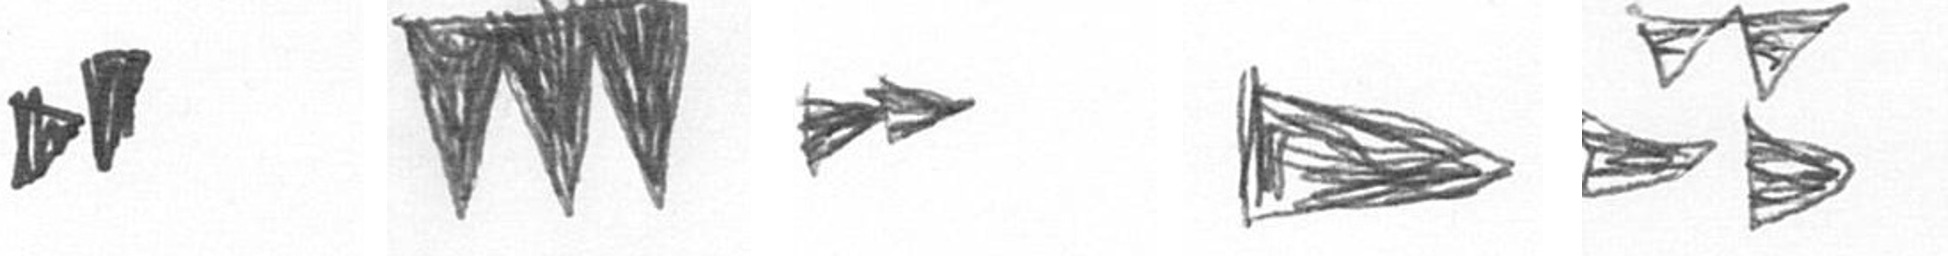
M L A T B